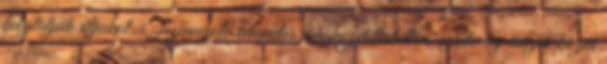
folytatják útjukat. Tizennyolc település megközelíthetetlen, szinte az összes közút